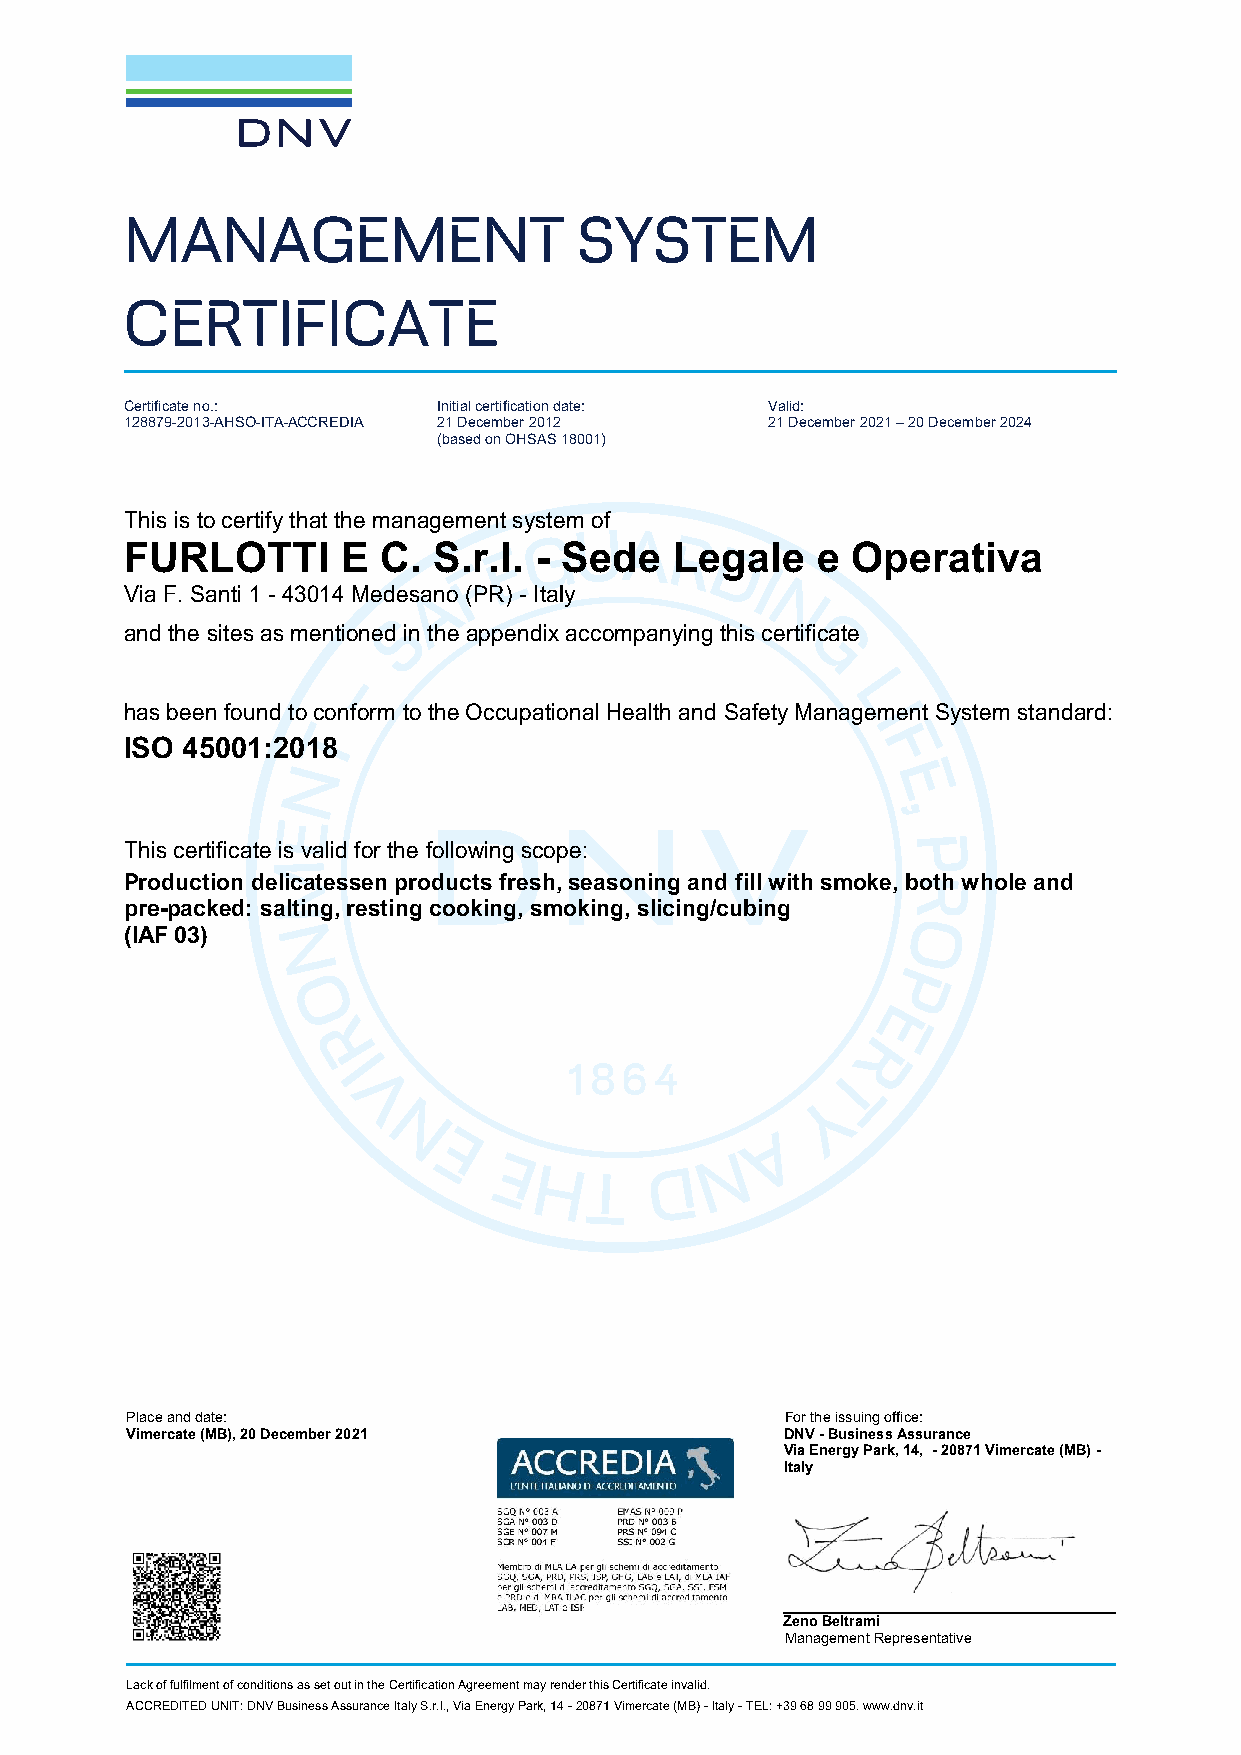
MANAGEMENT                    SYSTEM
 CERTIFICATE
 Certificate no.:     Initial certification date: Valid:
 128879-2013-AHSO-ITA-ACCREDIA 21 December 2012 21 December 2021 – 20 December 2024
 (based on OHSAS 18001)
 This is to certify that the management system of
 FURLOTTI       E C.  S.r.l. - Sede   Legale   e Operativa
 Via F. Santi 1 - 43014 Medesano (PR) - Italy
 and the sites as mentioned in the appendix accompanying this certificate
 has been found to conform to the Occupational Health and Safety Management System standard:
 ISO 45001:2018
 This certificate is valid for the following scope:
 Production delicatessen products fresh, seasoning and fill with smoke, both whole and
 pre-packed: salting, resting cooking, smoking, slicing/cubing
 (IAF 03)
 Place and date:                             For the issuing office:
 Vimercate (MB), 20 December 2021            DNV - Business Assurance
 Via Energy Park, 14, - 20871 Vimercate (MB) -
 Italy
 Zeno Beltrami
 Management Representative
 Lack of fulfilment of conditions as set out in the Certification Agreement may render this Certificate invalid.
 ACCREDITED UNIT: DNV Business Assurance Italy S.r.l., Via Energy Park, 14 - 20871 Vimercate (MB) - Italy - TEL: +39 68 99 905. www.dnv.it